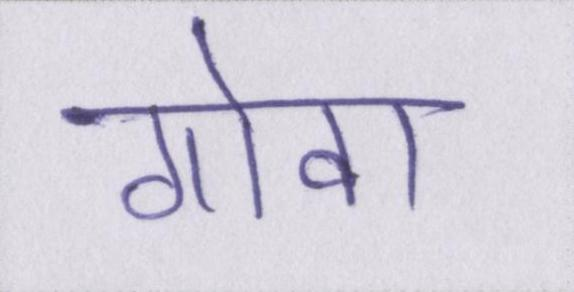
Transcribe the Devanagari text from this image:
गोवा